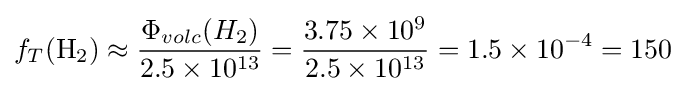
f_{T}(\mathrm {H_{2}} )\approx {\frac {\Phi _{volc}(H_{2})}{2.5\times 10^{13}}}={\frac {3.75\times 10^{9}}{2.5\times 10^{13}}}=1.5\times 10^{-4}=150